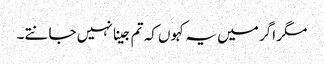
مگر اگر میں یہ کہوں کہ تم جینا نہیں جانتے۔